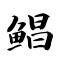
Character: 鲳